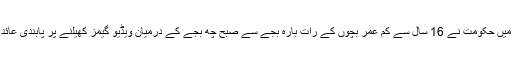
جنوبی کوریا میں حکومت نے 16 سال سے کم عمر بچوں کے رات بارہ بجے سے صبح چھ بجے کے درمیان ویڈیو گیمز کھیلنے پر پابندی عائد کی ہوئی ہے۔